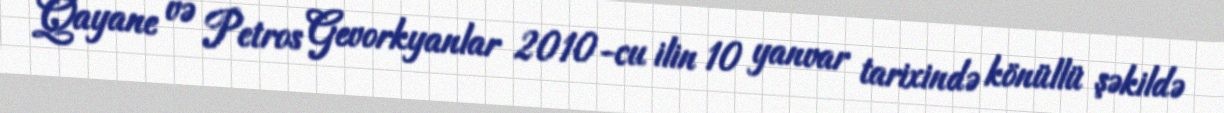
Qayane və Petros Gevorkyanlar 2010-cu ilin 10 yanvar tarixində könüllü şəkildə